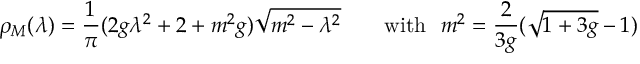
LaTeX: \rho _ { M } ( \lambda ) = \frac { 1 } { \pi } ( 2 g \lambda ^ { 2 } + 2 + m ^ { 2 } g ) \sqrt { m ^ { 2 } - \lambda ^ { 2 } } \ \ \ \ \ \ \mathrm { w i t h } \ \ m ^ { 2 } = \frac { 2 } { 3 g } ( \sqrt { 1 + 3 g } - 1 )